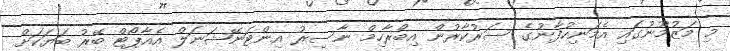
މި މަޒުމޫނުގައި އެމަނިކުފާނުގެ ސަރުކާރުން އިބްރާހިމް ނާސިރު އިންޓަނޭޝަނަލް އެއާޕޯޓް ބޭރު ބަޔަކަށް